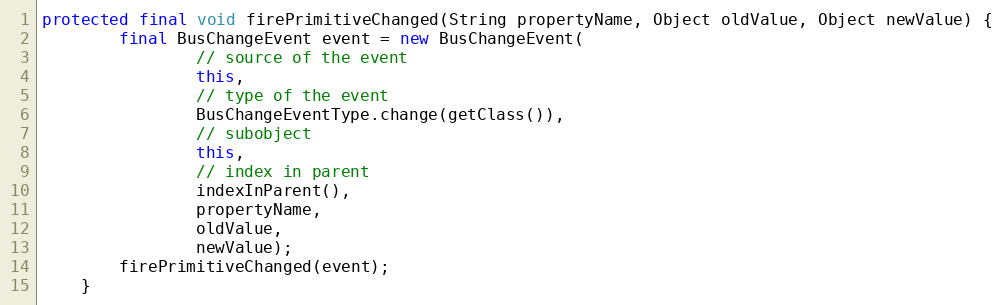
Language: Java
protected final void firePrimitiveChanged(String propertyName, Object oldValue, Object newValue) {
		final BusChangeEvent event = new BusChangeEvent(
				// source of the event
				this,
				// type of the event
				BusChangeEventType.change(getClass()),
				// subobject
				this,
				// index in parent
				indexInParent(),
				propertyName,
				oldValue,
				newValue);
		firePrimitiveChanged(event);
	}